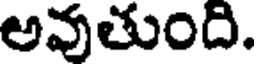
అవుతుంది.